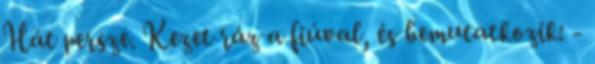
Hát persze. Kezet ráz a fiúval, és bemutatkozik: -